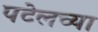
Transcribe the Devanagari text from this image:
पटेलच्या